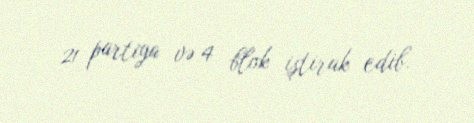
21 partiya və 4 blok iştirak edib.